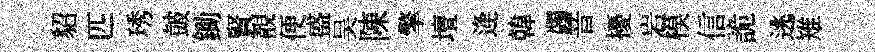
貂匹琇皷鋤賢靚便盛吴陳擎壇逄韓蠲音擾岩模信詭逃雉